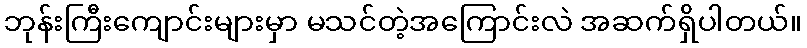
ဘုန်းကြီးကျောင်းများမှာ မသင်တဲ့အကြောင်းလဲ အဆက်ရှိပါတယ်။